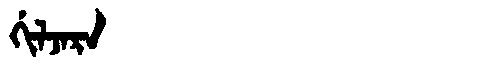
Manchu: ᡤᡳᠯᠵᠠᡵᠠ
Romanization: GILJARA